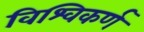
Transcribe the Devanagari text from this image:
विश्विकर्ण